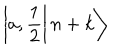
\left| \left. a , \frac { 1 } { 2 } \right| n + k \right\rangle